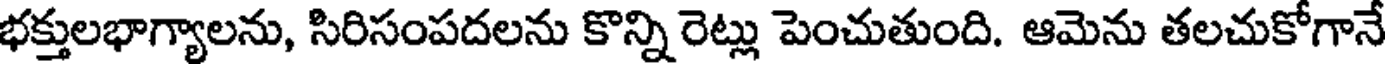
భక్తులభాగ్యాలను, సిరిసంపదలను కొన్ని రెట్లు పెంచుతుంది. ఆమెను తలచుకోగానే